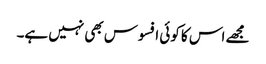
مجھے اس کا کوئی افسوس بھی نہیں ہے۔